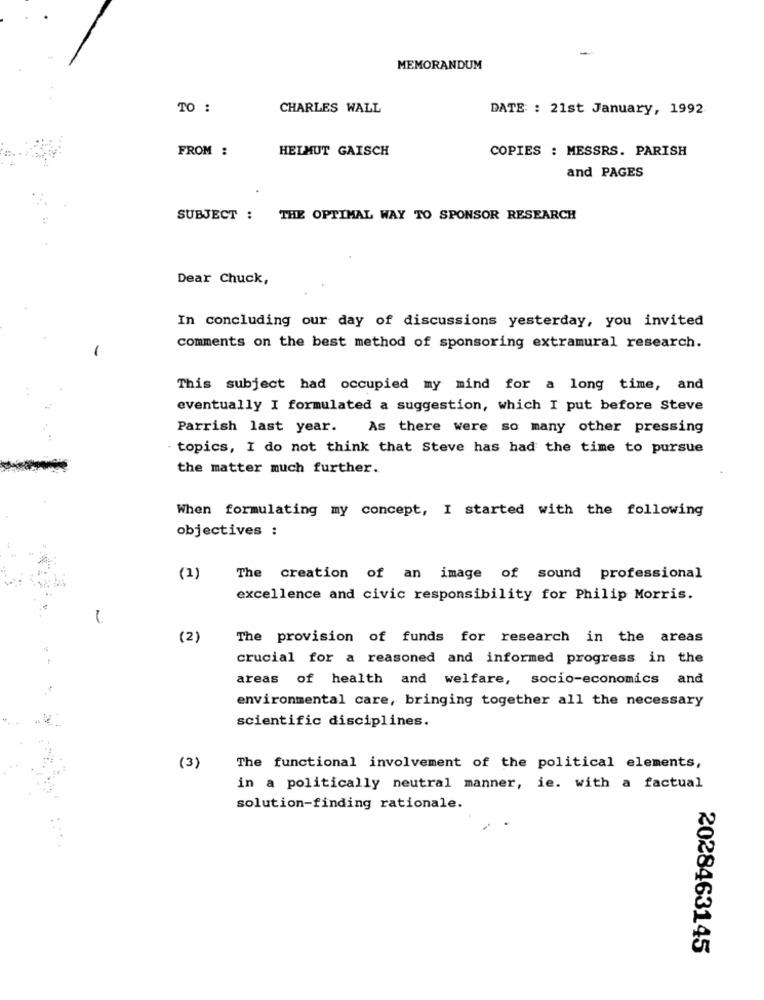
MEMORANDUM
TO :
CHARLES WALL
DATE : 21st January, 1992
FROM :
HELMUT GAISCH
COPIES : MESSRS. PARISH
and PAGES
SUBJECT : THE OPTIMAL WAY TO SPONSOR RESEARCH
Dear Chuck,
In concluding our day of discussions yesterday, you invited
comments on the best method of sponsoring extramural research.
This subject had occupied my mind for a long time, and
eventually I formulated a suggestion, which I put before Steve
Parrish last year.
As there were so many other pressing
- topics, I do not think that Steve has had the time to pursue
the matter much further.
When formulating my concept, I started with the following
objectives :
(1)
The creation of an image of sound professional
excellence and civic responsibility for Philip Morris.
(2)
The provision of funds for research in the areas
crucial for a reasoned and informed progress in the
areas of health and welfare, socio-economics and
environmental care, bringing together all the necessary
scientific disciplines.
(3)
The functional involvement of the political elements,
in a politically neutral manner, ie. with a factual
solution-finding rationale.
2028463145